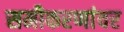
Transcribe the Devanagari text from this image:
समीकरणांवर